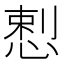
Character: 𭝥